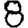
Digit: 8